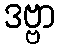
ဒဗ္ဗာ